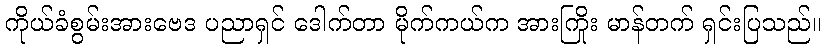
ကိုယ်ခံစွမ်းအားဗေဒ ပညာရှင် ဒေါက်တာ မိုက်ကယ်က အားကြိုး မာန်တက် ရှင်းပြသည်။